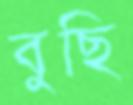
বুছি